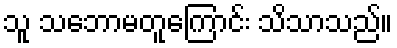
သူ သဘောမတူကြောင်း သိသာသည်။